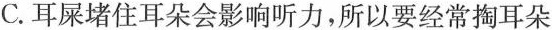
C.耳屎堵住耳朵会影响听力，所以要经常掏耳朵